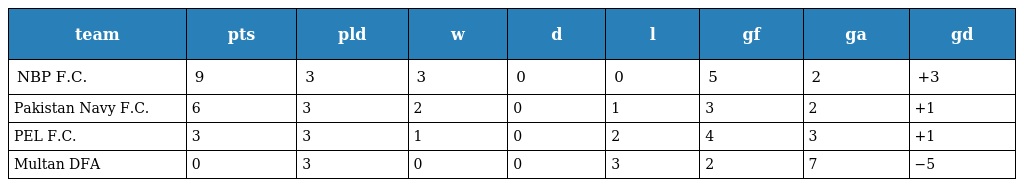
| team | pts | pld | w | d | l | gf | ga | gd |
 | --- | --- | --- | --- | --- | --- | --- | --- | --- |
 | NBP F.C. | 9 | 3 | 3 | 0 | 0 | 5 | 2 | +3 |
 | Pakistan Navy F.C. | 6 | 3 | 2 | 0 | 1 | 3 | 2 | +1 |
 | PEL F.C. | 3 | 3 | 1 | 0 | 2 | 4 | 3 | +1 |
 | Multan DFA | 0 | 3 | 0 | 0 | 3 | 2 | 7 | −5 |